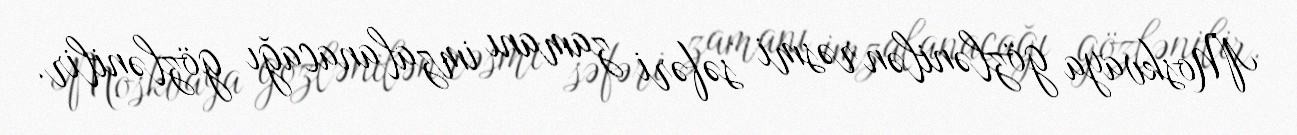
Moskvaya gözlənilən rəsmi səfəri zamanı imzalanacağı gözlənilir.